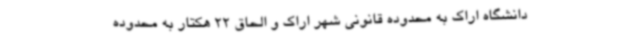
دانشگاه اراک به محدوده قانونی شهر اراک و الحاق 22 هکتار به محدوده